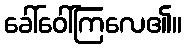
ခေါ်ဝေါ်ကြလေ၏။